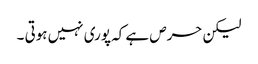
لیکن حرص ہے کہ پوری نہیں ہوتی ۔